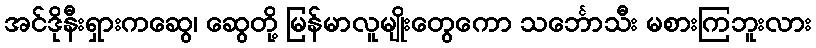
အင်ဒိုနီးရှားကဆွေ၊ ဆွေတို့ မြန်မာလူမျိုးတွေကော သင်္ဘောသီး မစားကြဘူးလား